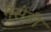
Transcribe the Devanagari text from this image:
गैसेंडी